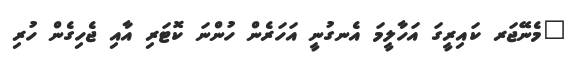
"މެނޭޖަރ ކައިރީގަ އަހާލީމަ އެނގުނީ އަހަރެން ހުންނަ ކޮޓަރި އާއި ޖެހިގެން ހުރި